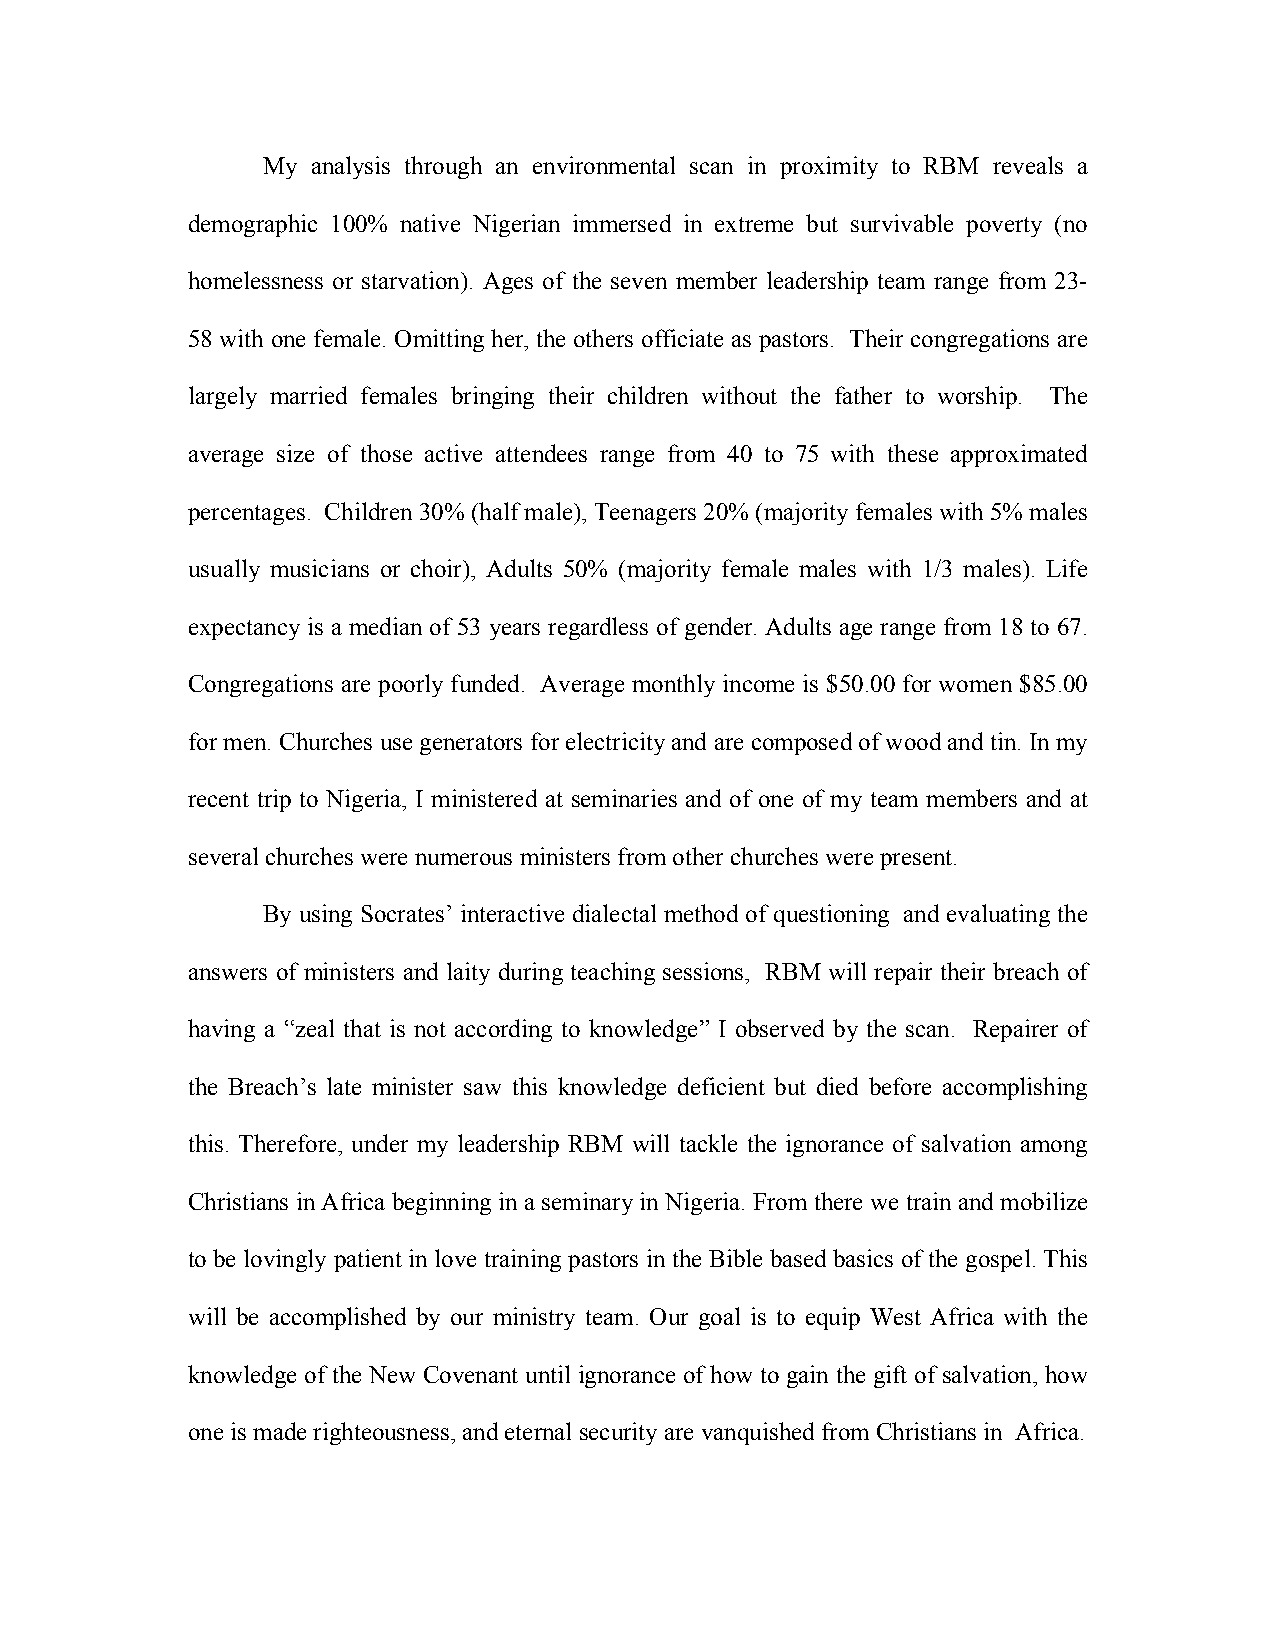
My  analysis through an environmental scan in proximity to RBM reveals a
 demographic 100% native Nigerian immersed in extreme but survivable poverty (no
 homelessness or starvation). Ages of the seven member leadership team range from 23-
 58 with one female. Omitting her, the others officiate as pastors. Their congregations are
 largely married females bringing their children without the father to worship. The
 average size of those active attendees range from 40 to 75 with these approximated
 percentages. Children 30% (half male), Teenagers 20% (majority females with 5% males
 usually musicians or choir), Adults 50% (majority female males with 1/3 males). Life
 expectancy is a median of 53 years regardless of gender. Adults age range from 18 to 67.
 Congregations are poorly funded. Average monthly income is $50.00 for women $85.00
 for men. Churches use generators for electricity and are composed of wood and tin. In my
 recent trip to Nigeria, I ministered at seminaries and of one of my team members and at
 several churches were numerous ministers from other churches were present.
 By using Socrates’ interactive dialectal method of questioning and evaluating the
 answers of ministers and laity during teaching sessions, RBM will repair their breach of
 having a “zeal that is not according to knowledge” I observed by the scan. Repairer of
 the Breach’s late minister saw this knowledge deficient but died before accomplishing
 this. Therefore, under my leadership RBM will tackle the ignorance of salvation among
 Christians in Africa beginning in a seminary in Nigeria. From there we train and mobilize
 to be lovingly patient in love training pastors in the Bible based basics of the gospel. This
 will be accomplished by our ministry team. Our goal is to equip West Africa with the
 knowledge of the New Covenant until ignorance of how to gain the gift of salvation, how
 one is made righteousness, and eternal security are vanquished from Christians in Africa.